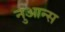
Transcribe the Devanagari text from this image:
नुआन्स